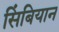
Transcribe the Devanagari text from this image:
सिंबियान